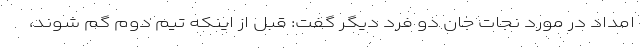
امداد در مورد نجات جان دو فرد دیگر گفت: قبل از اینکه تیم دوم گم شوند،